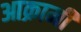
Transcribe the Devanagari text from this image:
आक्रामी